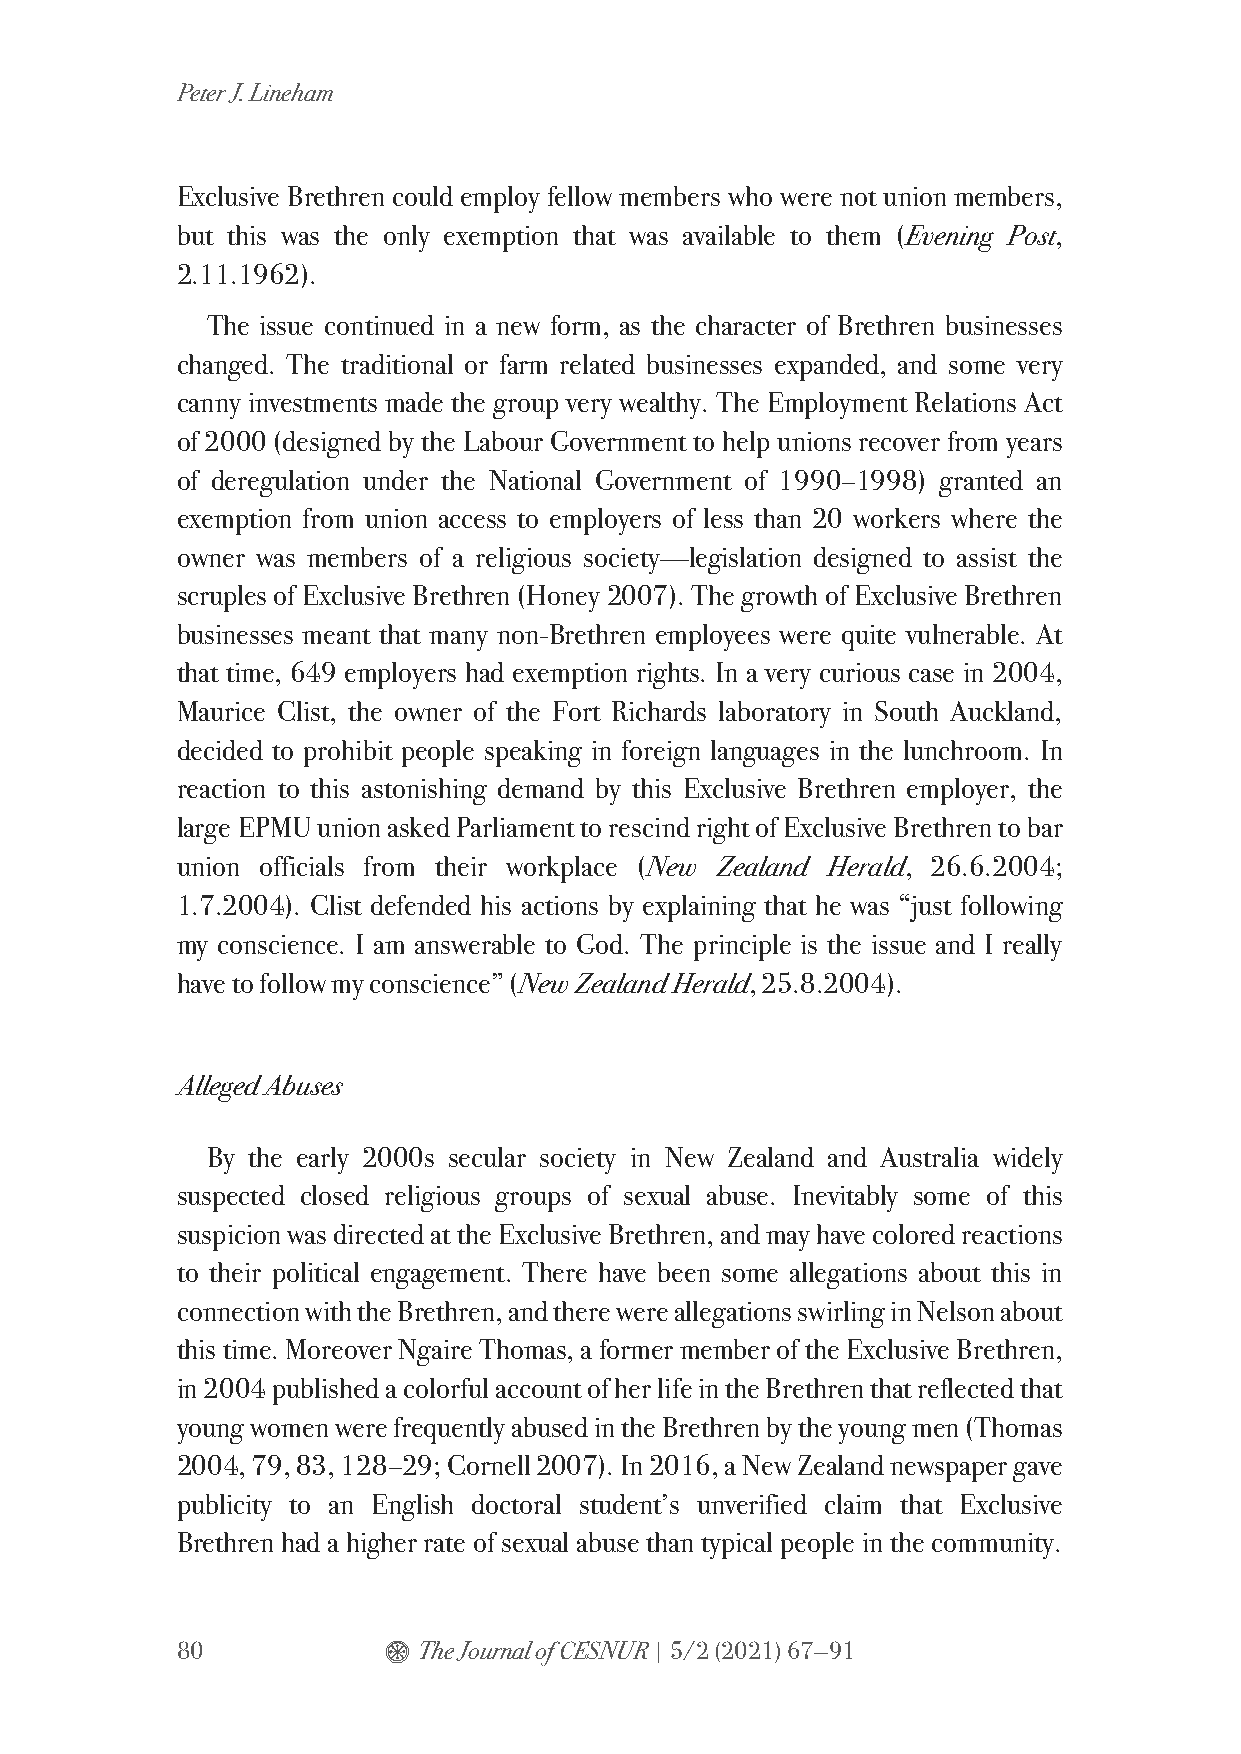
Peter J. Lineham
 Exclusive Brethren could employ fellow members who were not union members,
 but this was the only exemption that was available to them (Evening Post,
 2.11.1962).
 The issue continued in a new form, as the character of Brethren businesses
 changed. The traditional or farm related businesses expanded, and some very
 canny investments made the group very wealthy. The Employment Relations Act
 of 2000 (designed by the Labour Government to help unions recover from years
 of deregulation under the National Government of 1990–1998) granted an
 exemption from union access to employers of less than 20 workers where the
 owner was members of a religious society—legislation designed to assist the
 scruples of Exclusive Brethren (Honey 2007). The growth of Exclusive Brethren
 businesses meant that many non-Brethren employees were quite vulnerable. At
 that time, 649 employers had exemption rights. In a very curious case in 2004,
 Maurice Clist, the owner of the Fort Richards laboratory in South Auckland,
 decided to prohibit people speaking in foreign languages in the lunchroom. In
 reaction to this astonishing demand by this Exclusive Brethren employer, the
 large EPMU union asked Parliament to rescind right of Exclusive Brethren to bar
 union officials from their workplace (New Zealand Herald, 26.6.2004;
 1.7.2004). Clist defended his actions by explaining that he was “just following
 my conscience. I am answerable to God. The principle is the issue and I really
 have to follow my conscience” (New Zealand Herald, 25.8.2004).
 Alleged Abuses
 By the early 2000s secular society in New Zealand and Australia widely
 suspected closed religious groups of sexual abuse. Inevitably some of this
 suspicion was directed at the Exclusive Brethren, and may have colored reactions
 to their political engagement. There have been some allegations about this in
 connection with the Brethren, and there were allegations swirling in Nelson about
 this time. Moreover Ngaire Thomas, a former member of the Exclusive Brethren,
 in 2004 published a colorful account of her life in the Brethren that reflected that
 young women were frequently abused in the Brethren by the young men (Thomas
 2004, 79, 83, 128–29; Cornell 2007). In 2016, a New Zealand newspaper gave
 publicity to an English doctoral student’s unverified claim that Exclusive
 Brethren had a higher rate of sexual abuse than typical people in the community.
 80           $  The Journal of CESNUR | 5/2 (2021) 67—91